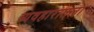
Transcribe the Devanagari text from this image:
व्यवहारातला